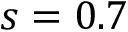
s = 0 . 7